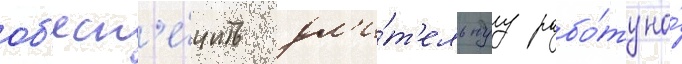
об'есп'е́чить дл'и́т'ельнуу рабо́ту на́